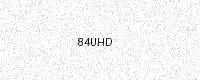
Text: 84UHD